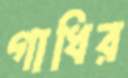
গাধির